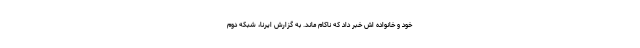
خود و خانواده اش خبر داد که ناکام ماند. به گزارش ایرنا، شبکه دوم